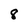
Character: 8